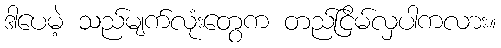
ဒါပေမဲ့ သည်မျက်လုံးတွေက တည်ငြိမ်လှပါကလား။